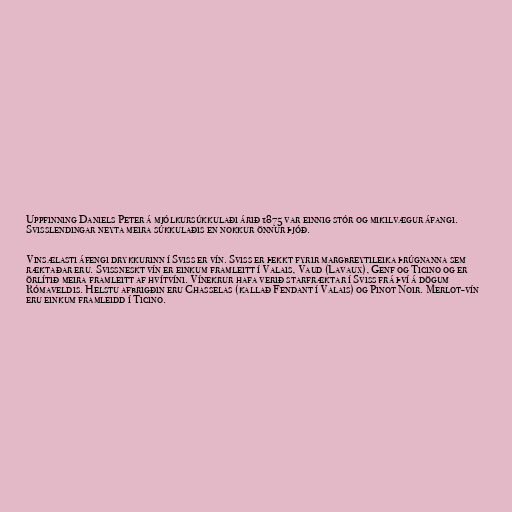
Uppfinning Daniels Peter á mjólkursúkkulaði árið 1875 var einnig stór og mikilvægur áfangi.
Svisslendingar neyta meira súkkulaðis en nokkur önnur þjóð.

Vinsælasti áfengi drykkurinn í Sviss er vín. Sviss er þekkt fyrir margbreytileika þrúgnanna sem
ræktaðar eru. Svissneskt vín er einkum framleitt í Valais, Vaud (Lavaux), Genf og Ticino og er
örlítið meira framleitt af hvítvíni. Vínekrur hafa verið starfræktar í Sviss frá því á dögum
Rómaveldis. Helstu afbrigðin eru Chasselas (kallað Fendant í Valais) og Pinot Noir. Merlot-vín
eru einkum framleidd í Ticino.